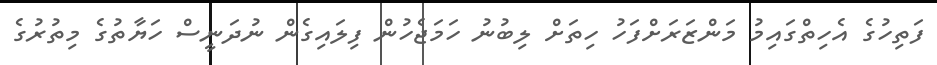
ފަތިހުގެ އެހިތްގައިމު މަންޒަރަށްފަހު ހިތަށް ލިބުނު ހަމަޖެހުން ފިލައިގެން ނުދަނީސް ހަޔާތުގެ މިތުރުގެ